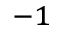
^ { - 1 }